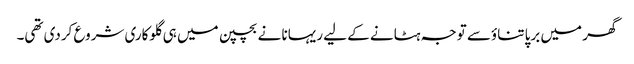
گھر میں برپا تناؤسے توجہ ہٹانے کے لیے ریہانا نے بچپن میں ہی گلوکاری شروع کردی تھی۔